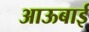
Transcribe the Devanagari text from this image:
आऊबाई